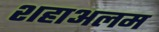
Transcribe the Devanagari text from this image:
शहाअलम